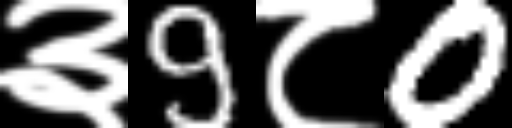
Text: ३9८0